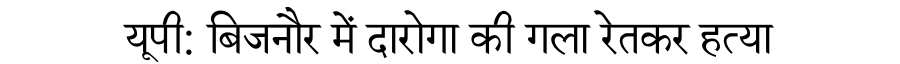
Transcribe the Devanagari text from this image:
यूपी: बिजनौर में दारोगा की गला रेतकर हत्या